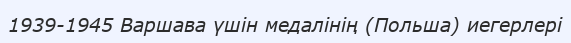
1939-1945 Варшава үшін медалінің (Польша) иегерлері